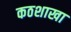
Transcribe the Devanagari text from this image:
कठशाखा